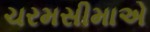
ચરમસીમાએ